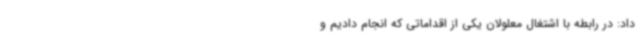
داد: در رابطه با اشتغال معلولان یکی از اقداماتی که انجام دادیم و